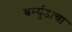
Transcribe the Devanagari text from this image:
बर्म्युडाचा